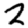
Digit: 2